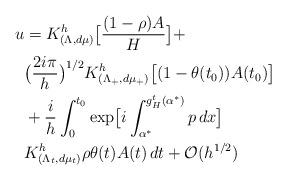
LaTeX: \begin{align*}\begin{aligned}u&=K^h_{(\Lambda,d\mu)}\bigl[{(1-\rho)A\over H}\bigr]+\cr&\bigl({2i\pi\over h}\bigr)^{1/2}K^h_{(\Lambda_+,d\mu_+)}\bigl[(1-\theta(t_0))A(t_0)\bigr]\cr&+{i\over h}\int_0^{t_0}\exp\bigl[i\int_{\alpha^*}^{g_H^t(\alpha^*)} p\,dx\bigr]\cr&K^h_{(\Lambda_t,d\mu_t)}\rho\theta(t) A(t)\,dt+{\cal O}(h^{1/2})\cr\end{aligned}\end{align*}